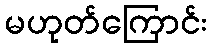
မဟုတ်ကြောင်း